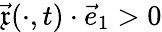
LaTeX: \vec{\mathfrak{x}}(\cdot,t)\cdot\vec{e}_{1}>0